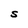
Character: S